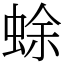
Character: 蜍